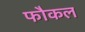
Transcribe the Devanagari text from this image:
फौकल